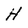
Character: H